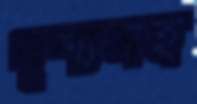
দৃশ্যসহ